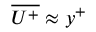
\overline { { U ^ { + } } } \approx y ^ { + }